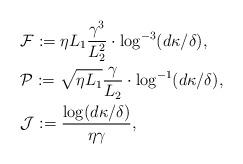
LaTeX: \begin{align*}&\mathcal F := \eta L_1 \frac{\gamma^3}{L_2^2}\cdot \log^{-3}(d\kappa /\delta), \\&\mathcal P :=\sqrt{\eta L_1}\frac{\gamma}{L_2} \cdot \log^{-1}(d\kappa /\delta), \\&\mathcal J := \frac{\log (d\kappa /\delta)}{\eta \gamma},\end{align*}